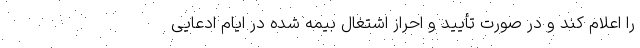
را اعلام کند و در صورت تأیید و احراز اشتغال بیمه شده در ایام ادعایی